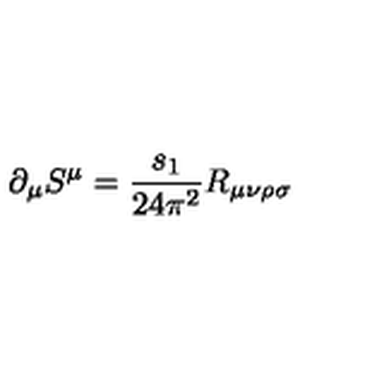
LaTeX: \partial _ { \mu } S ^ { \mu } = \frac { s _ { 1 } } { 2 4 \pi ^ { 2 } } R _ { \mu \nu \rho \sigma }